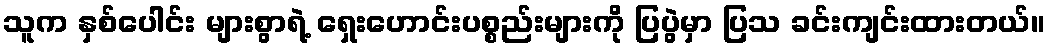
သူက နှစ်ပေါင်း များစွာရဲ့ ရှေးဟောင်းပစ္စည်းများကို ပြပွဲမှာ ပြသ ခင်းကျင်းထားတယ်။